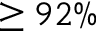
\geq 9 2 \%